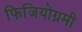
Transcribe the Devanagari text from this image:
फिजियोग्नमी